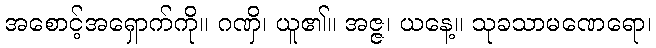
အစောင့်အရှောက်ကို။ ဂဏှိ၊ ယူ၏။ အဇ္ဇ၊ ယနေ့။ သုခသာမဏေရော၊